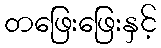
တဖြေးဖြေးနှင့်